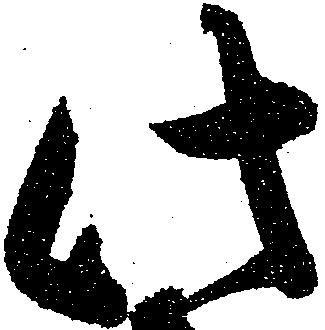
此